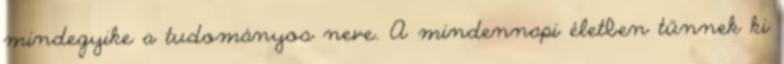
mindegyike a tudományos neve. A mindennapi életben tűnnek ki